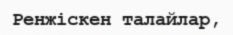
Ренжіскен талайлар,